65_HS1-834228961_62-HQ-83894_Section_1
Agency: FBI
Page 133
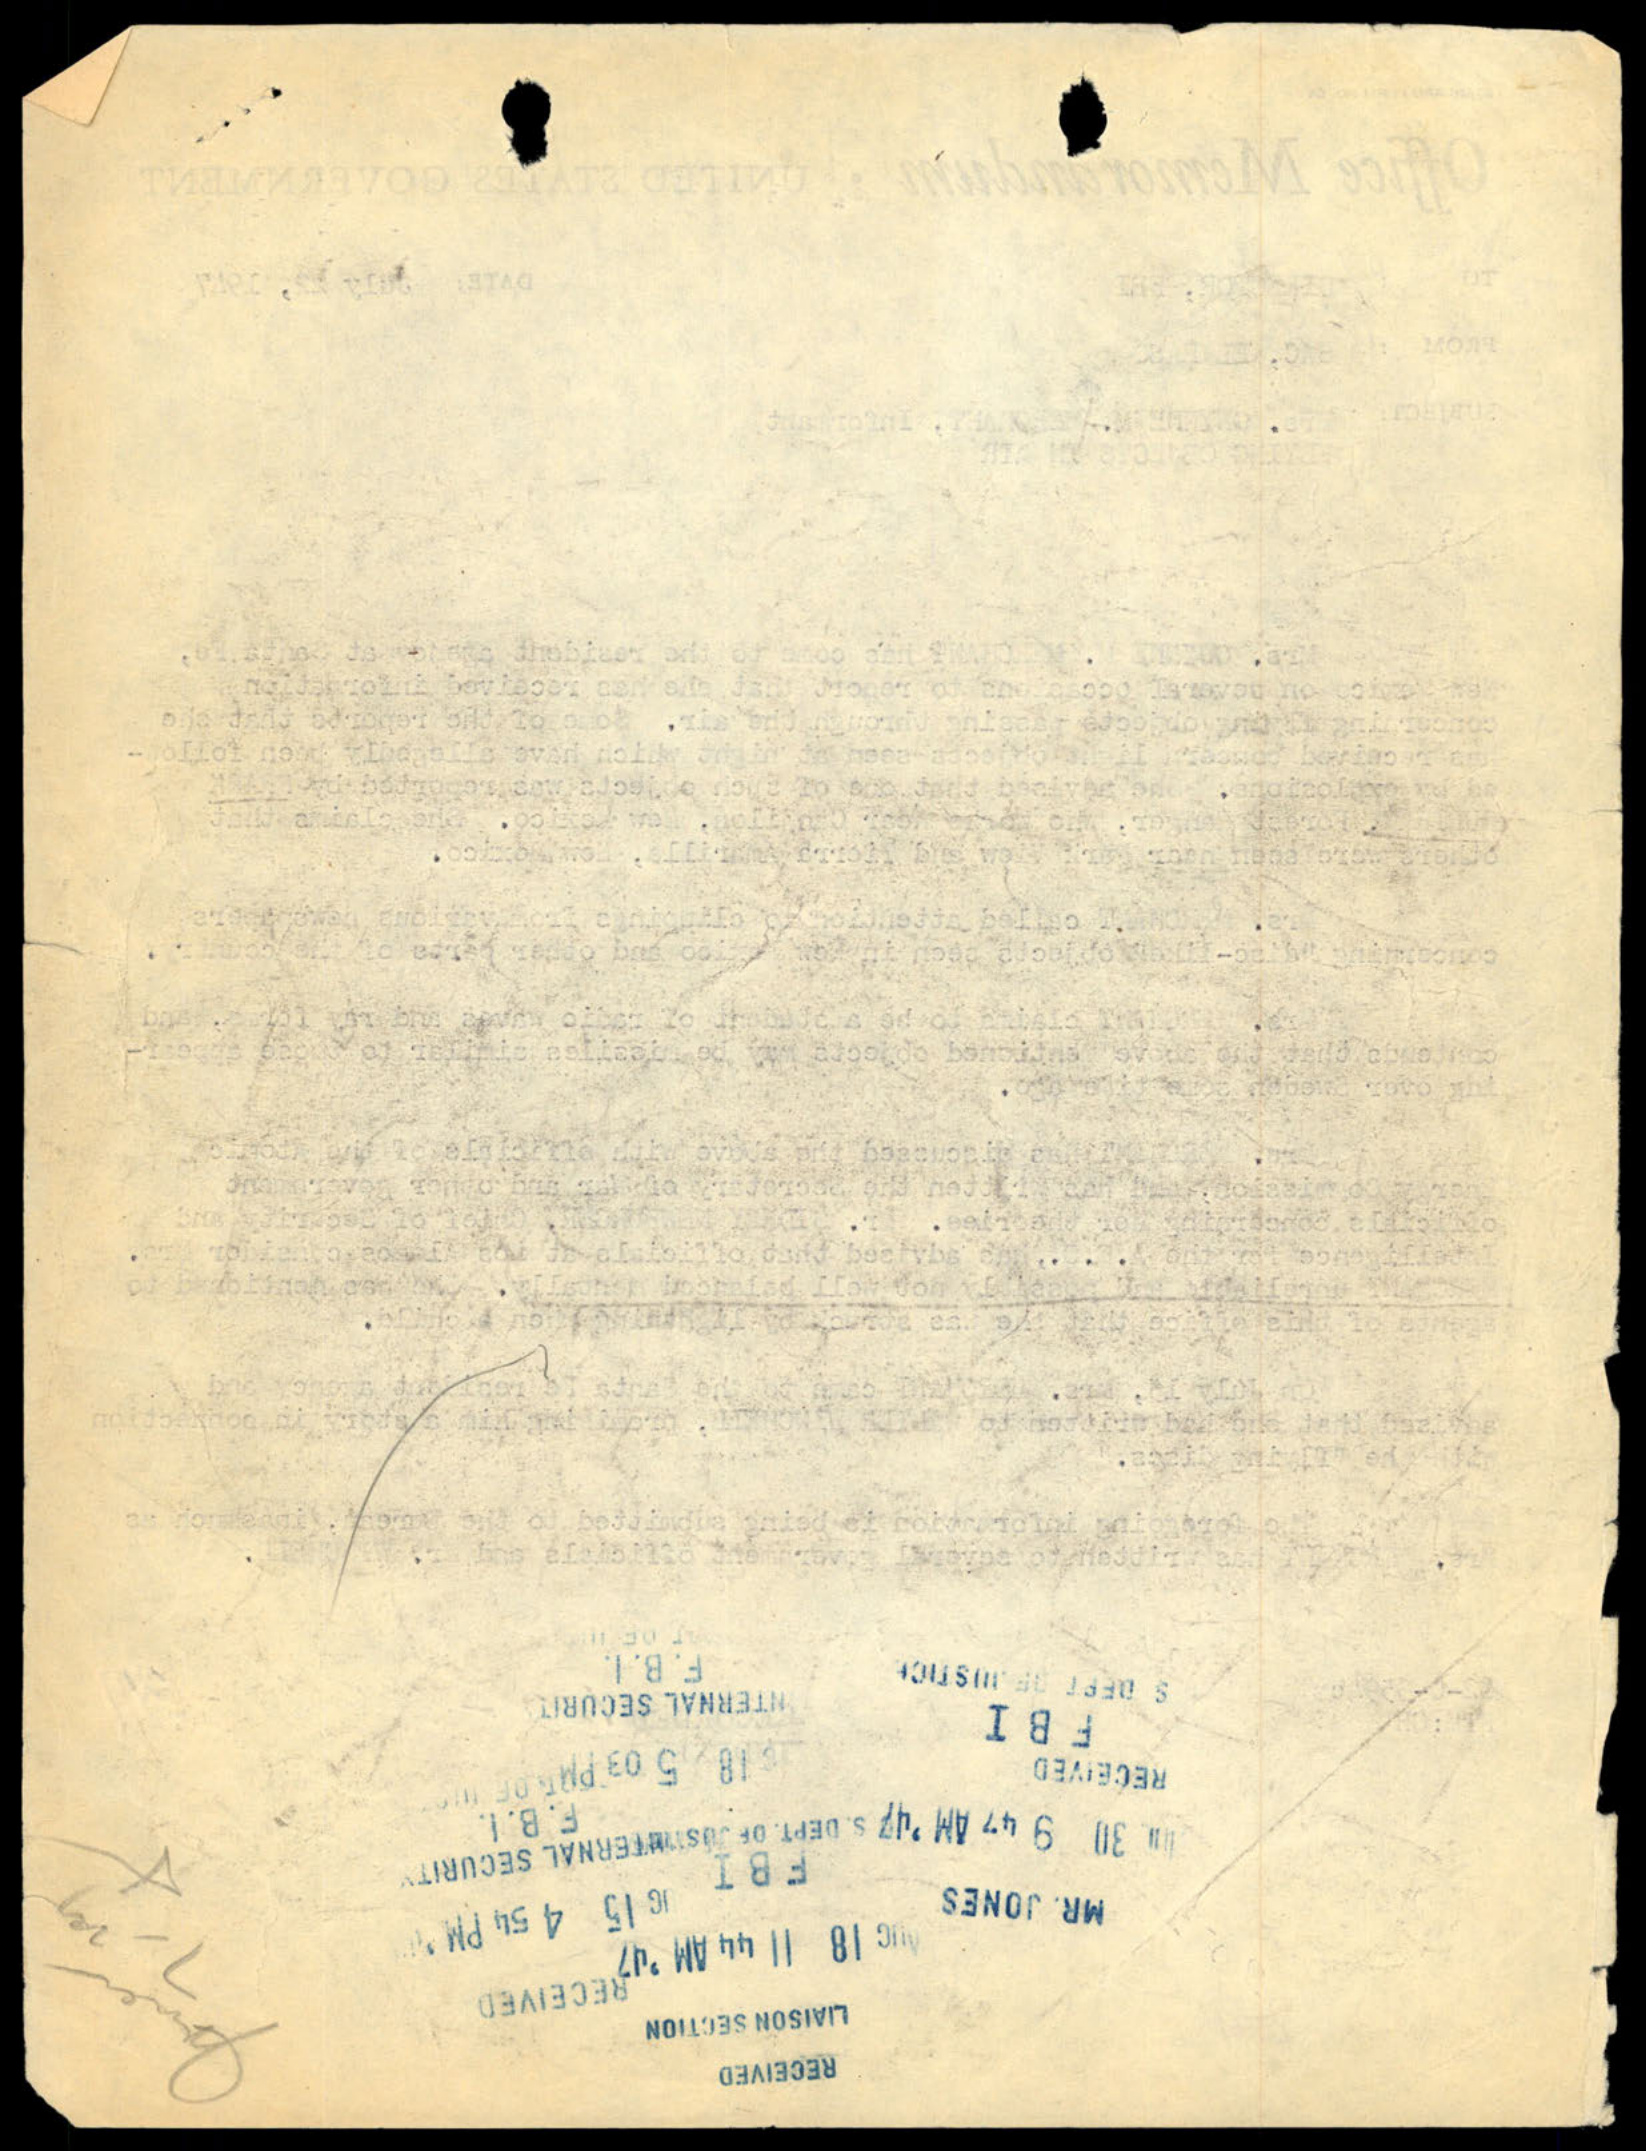